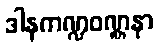
ဒါနကဏ္ဍဝဏ္ဏနာ